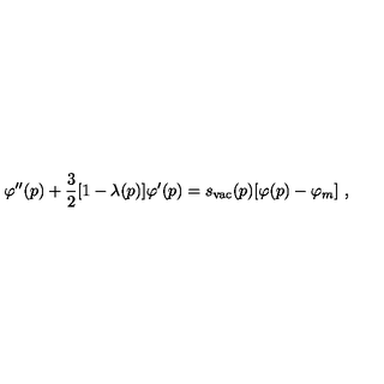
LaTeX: \varphi ^ { \prime \prime } ( p ) + { \frac { 3 } { 2 } } [ 1 - \lambda ( p ) ] \varphi ^ { \prime } ( p ) = s _ { \mathrm { v a c } } ( p ) [ \varphi ( p ) - \varphi _ { m } ] \ ,